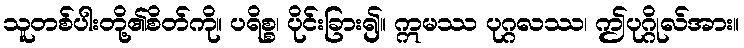
သူတစ်ပါးတို့၏စိတ်ကို။ ပရိစ္စ၊ ပိုင်းခြား၍။ ဣမဿ ပုဂ္ဂလဿ၊ ဤပုဂ္ဂိုလ်အား။